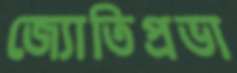
জ্যোতিপ্রভা